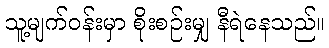
သူ့မျက်ဝန်းမှာ စိုးစဉ်းမျှ နီရဲနေသည်။